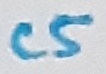
Text: C5